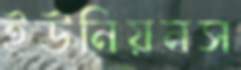
ইউনিয়নস